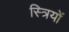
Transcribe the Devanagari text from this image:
स्‍त्रियों